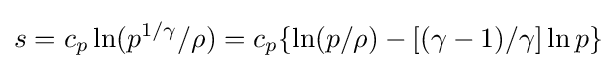
s=c_{p}\ln(p^{1/\gamma }/\rho )=c_{p}\{\ln(p/\rho )-[(\gamma -1)/\gamma ]\ln p\}